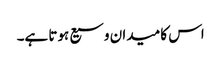
اس کا میدان وسیع ہوتا ہے۔